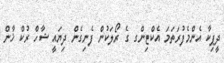
ދީޕިކާ އެންމެފުރަތަމަ އެކްޓިންގ ގެ ރޯލަކުން ފެނިގެން ދިޔައީ ޝާހް ރުކް ޚާން